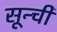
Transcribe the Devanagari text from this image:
सून्ची